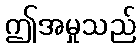
ဤအမှုသည်